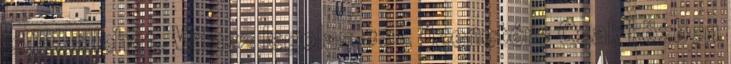
is igaz lehet. Válasz legolas #25 üzenetére Csak közben